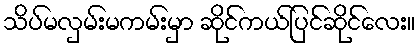
သိပ်မလှမ်းမကမ်းမှာ ဆိုင်ကယ်ပြင်ဆိုင်လေး။